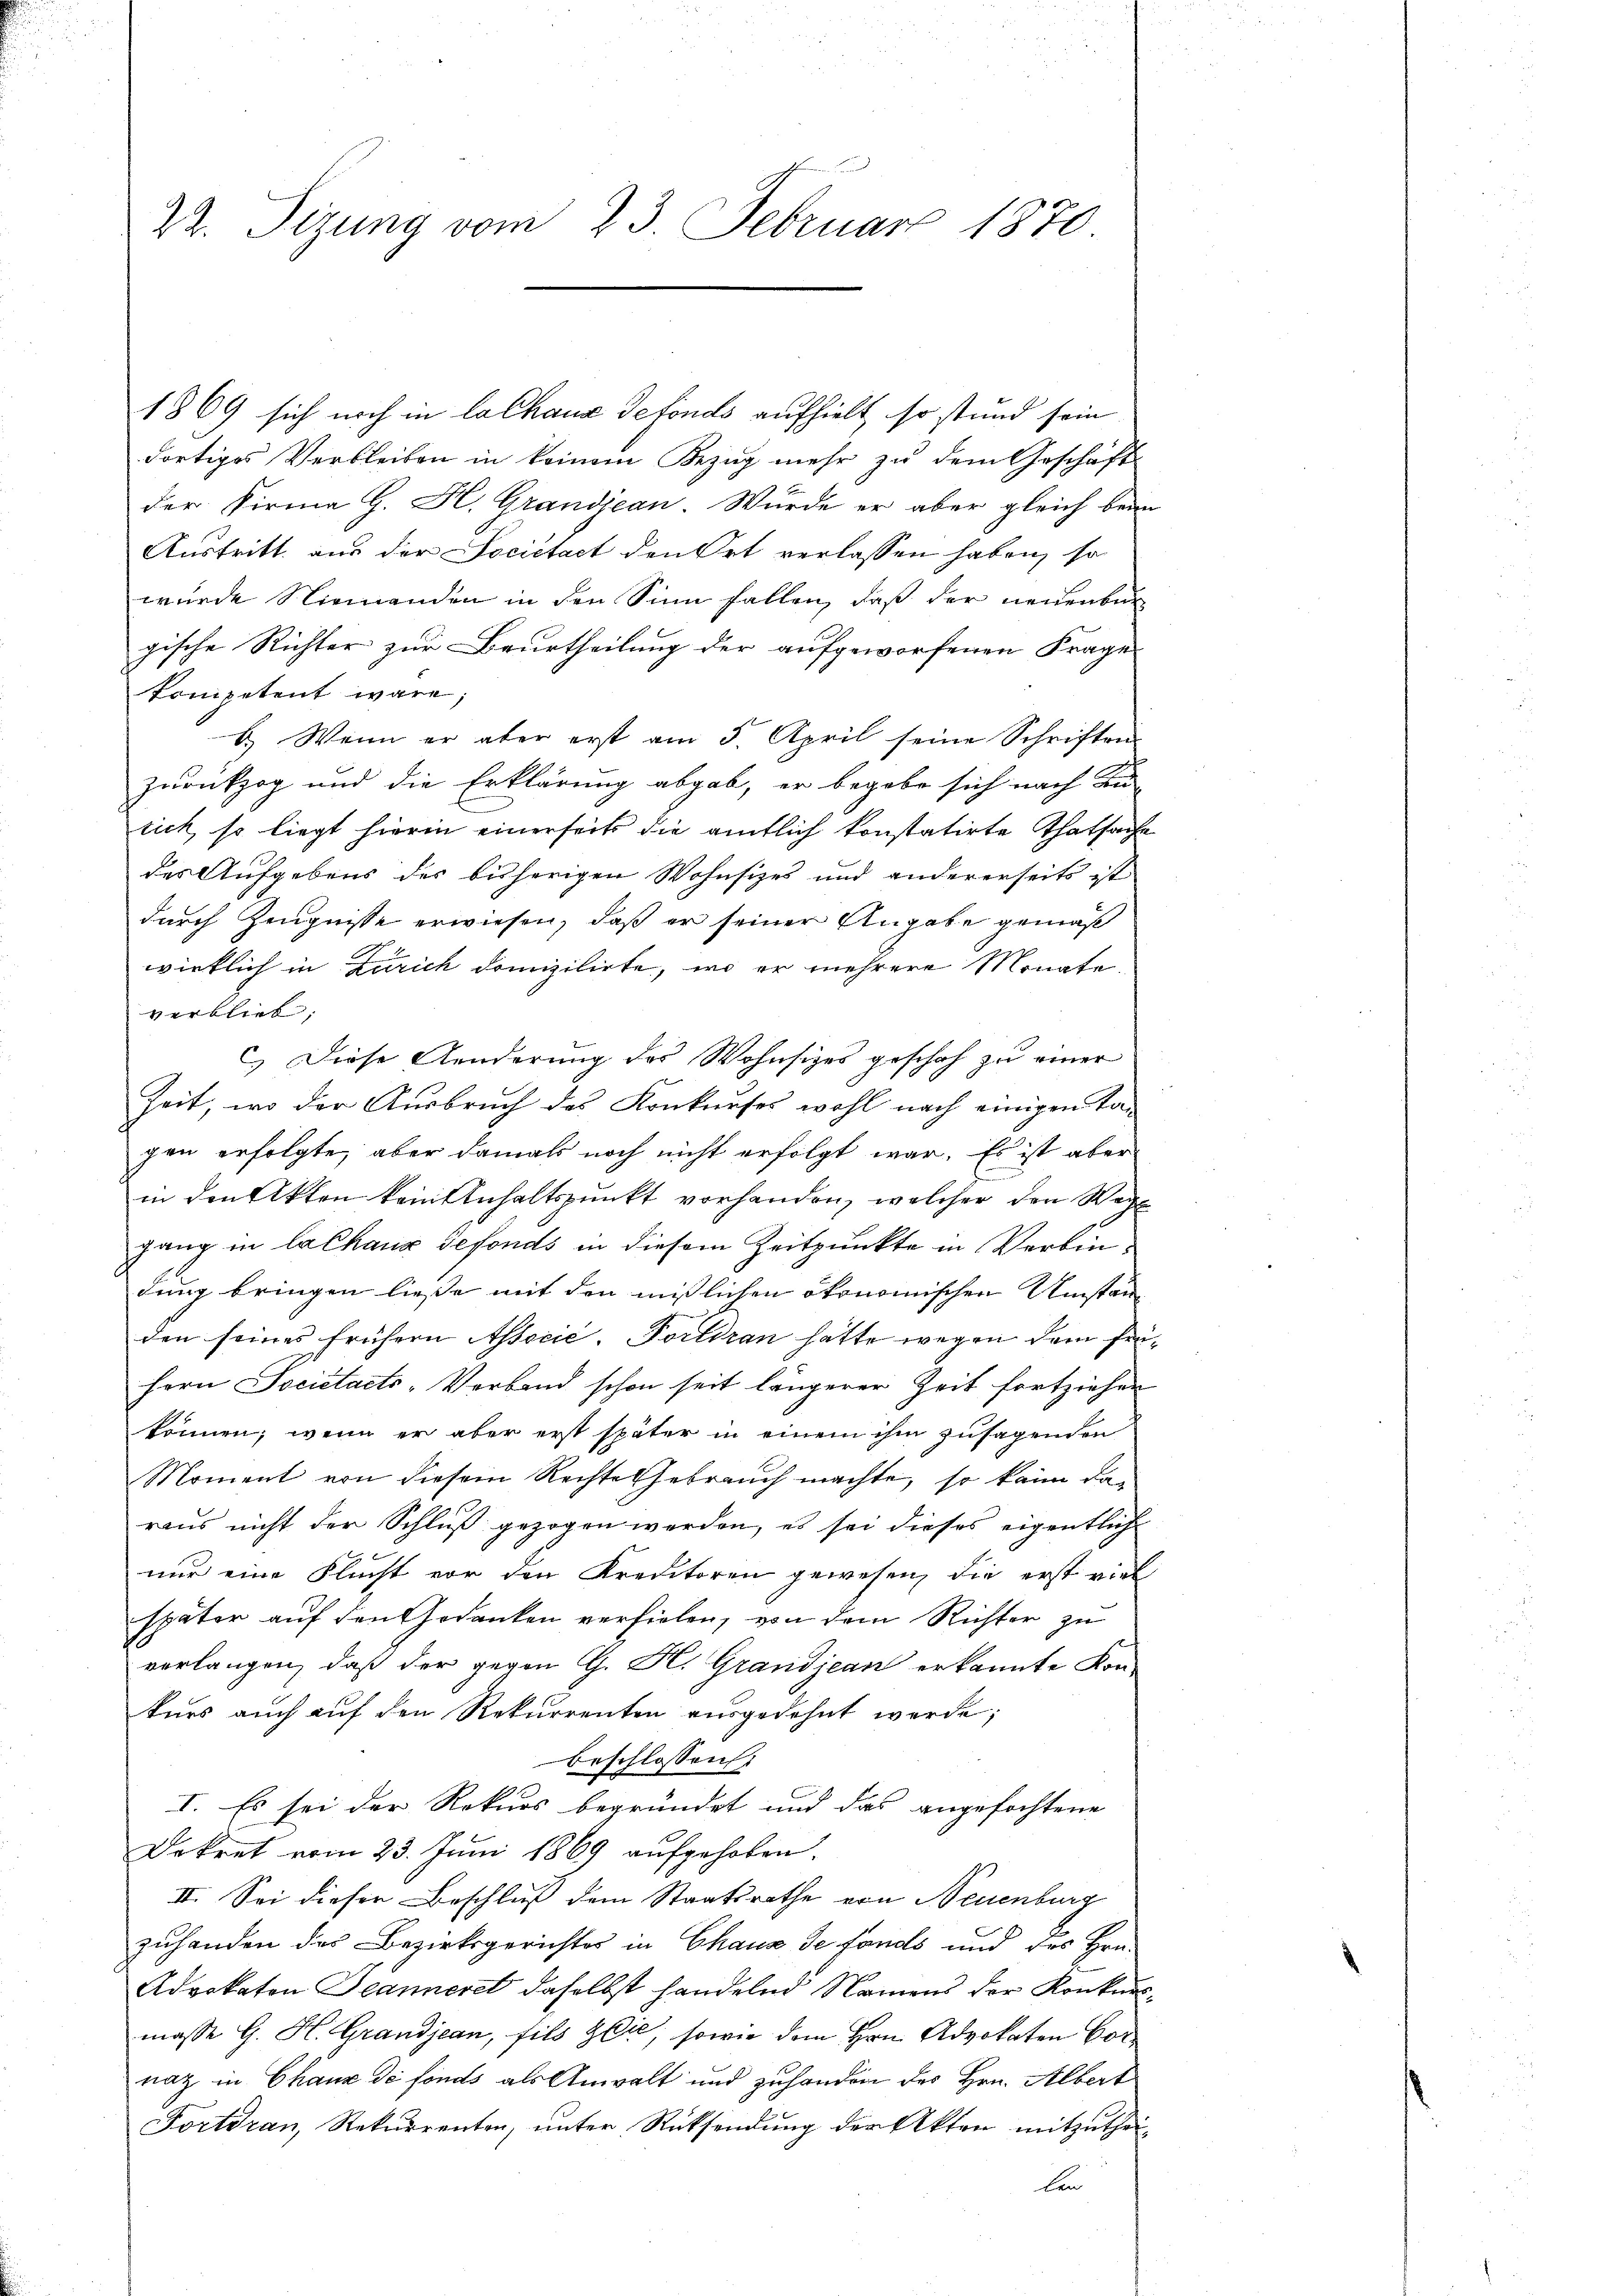
22. Sizung vom 23. Februar 1870

1869 sich noch in la chaus defonds aufhielt, so stund sein
dortiges Verbleiben in keinem Bezug mehr zu dem Geschäft
der Firma H. K. Grandjean. Würde er aber gleich beim
Austritt, aus der Societaet den Ort verlassen haben, so
wurde Niemanden in den Sinn fallen, daß der neuenbur
gische Richter zur Beurtheilung der aufgeworfenen Frage
kompetent wäre;
b. Wenn er aber erst am 5. April seine Schriften
Zurückzog und die Erklärung abgab, er begabe sich nach An-
rich, so liegt hierin einerseits die amtlich konstatirte Thatsache
des Aufgebens des bisherigen Wohnsizes und andererseits ist
durch Zeugnisse erwiesen, daß er seiner Angabe gemäß
wirklich in Zürich domizilirte, wo er mehrere Monate.
verblieb.
C.) Diese Aenderung des Wohnsizes geschah zu einer
Zeit, wo der Ausbruch des Konkurses wohl nach einigen Tagen erfolgte, aber damals noch nicht erfolgt war. Es ist aber
in den Akten kein Anhaltspunkt vorhanden, welcher den Wegl
gang in la Chaux sefonds in diesem Zeitpunkte in Verbindung bringen ließe mit den mißlichen ökonomischen Umständen seines frühern Assecić. Fortiran hatte wegen dem frü¬
Hern Societaets-Verband schon seit längerer Zeit fortziehen
können, wenn er aber erst später in einem ihm zusagenden
Moment von diesem Rechte Gebrauch machte, so kann dan
raus nicht der Schluß gezogen werden, es sei dieses eigentlich
nur eine Flucht vor den Kreditoren gewesen, die erst viel
später auf den Gedanken verfielen, von dem Richter zu
verlangen, daß der gegen G. K. Grandjean erkannte Kon-
kurs auch auf den Rekurrenten ausgedehnt werde;
beschlossen:
I. Es sei der Rekurs begründet und das angefochtene
Dekret vom 23. Juni 1869 aufgehoben.
II. Sei dieser Beschluß dem Staatsrathe von Neuenburg
zuhanden des Bezirksgerichtes in Chaux de fonds und des Hrn.
Advokaten Jeanneret daselbst handelnd Namens der Konkursmasse G. H. Grandjean, fils Glie, sowie dem Hrn. Advokaten Cornath in Chaux de fonds als Anwalt und zuhanden des Hrn. Albert
Fortdran, Rekurrenten, ŭnter Rücksendŭng der Akten mitzŭthei-
ben